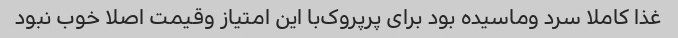
غذا کاملا سرد و‌ماسیده بود برای پرپروک‌با این امتیاز و‌قیمت اصلا خوب نبود